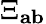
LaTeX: \Xi_{\mathbf{ab}}